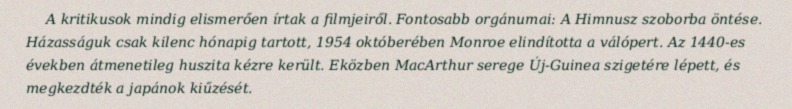
A kritikusok mindig elismerően írtak a filmjeiről. Fontosabb orgánumai: A Himnusz szoborba öntése. Házasságuk csak kilenc hónapig tartott, 1954 októberében Monroe elindította a válópert. Az 1440-es években átmenetileg huszita kézre került. Eközben MacArthur serege Új-Guinea szigetére lépett, és megkezdték a japánok kiűzését.